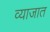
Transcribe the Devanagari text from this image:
व्याजात